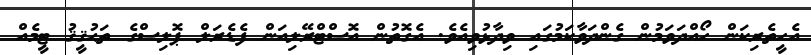
އެހީތެރިކަން ހޯއްދަވަމުން ގެންދަވާކަމުގައި ވިދާޅުވިއެވެ. އެގޮތުން އޮސްޓްރޭލިއަން ފެޑެރަލް ޕޮލިސްގެ ތަޙުޤީޤު ޓީމެއް